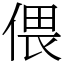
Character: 偎